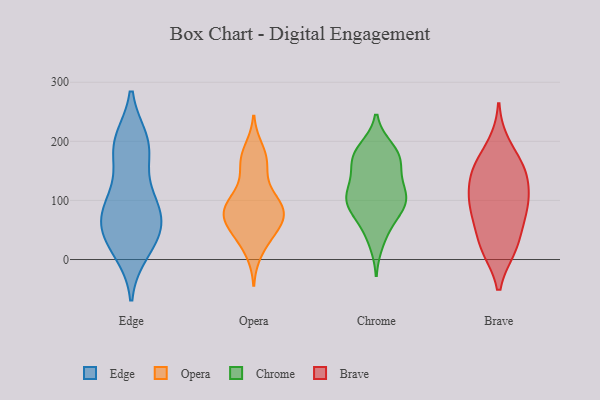
{"axis": {"x": "Population (Million)", "y": "Value"}, "legend": ["Brave", "Chrome", "Edge", "Opera"], "data": [{"x": "", "y": 16, "type": "Edge"}, {"x": "", "y": 96, "type": "Edge"}, {"x": "", "y": 37, "type": "Edge"}, {"x": "", "y": 193, "type": "Edge"}, {"x": "", "y": 189, "type": "Edge"}, {"x": "", "y": 66, "type": "Edge"}, {"x": "", "y": 68, "type": "Edge"}, {"x": "", "y": 186, "type": "Edge"}, {"x": "", "y": 97, "type": "Edge"}, {"x": "", "y": 199, "type": "Edge"}, {"x": "", "y": 32, "type": "Edge"}, {"x": "", "y": 49, "type": "Edge"}, {"x": "", "y": 100, "type": "Edge"}, {"x": "", "y": 85, "type": "Opera"}, {"x": "", "y": 168, "type": "Opera"}, {"x": "", "y": 112, "type": "Opera"}, {"x": "", "y": 86, "type": "Opera"}, {"x": "", "y": 109, "type": "Opera"}, {"x": "", "y": 36, "type": "Opera"}, {"x": "", "y": 81, "type": "Opera"}, {"x": "", "y": 61, "type": "Opera"}, {"x": "", "y": 162, "type": "Opera"}, {"x": "", "y": 83, "type": "Opera"}, {"x": "", "y": 164, "type": "Opera"}, {"x": "", "y": 14, "type": "Opera"}, {"x": "", "y": 74, "type": "Opera"}, {"x": "", "y": 50, "type": "Opera"}, {"x": "", "y": 85, "type": "Opera"}, {"x": "", "y": 53, "type": "Opera"}, {"x": "", "y": 185, "type": "Opera"}, {"x": "", "y": 107, "type": "Chrome"}, {"x": "", "y": 96, "type": "Chrome"}, {"x": "", "y": 166, "type": "Chrome"}, {"x": "", "y": 104, "type": "Chrome"}, {"x": "", "y": 97, "type": "Chrome"}, {"x": "", "y": 177, "type": "Chrome"}, {"x": "", "y": 161, "type": "Chrome"}, {"x": "", "y": 73, "type": "Chrome"}, {"x": "", "y": 184, "type": "Chrome"}, {"x": "", "y": 168, "type": "Chrome"}, {"x": "", "y": 135, "type": "Chrome"}, {"x": "", "y": 54, "type": "Chrome"}, {"x": "", "y": 121, "type": "Chrome"}, {"x": "", "y": 188, "type": "Chrome"}, {"x": "", "y": 29, "type": "Chrome"}, {"x": "", "y": 107, "type": "Chrome"}, {"x": "", "y": 86, "type": "Chrome"}, {"x": "", "y": 141, "type": "Brave"}, {"x": "", "y": 193, "type": "Brave"}, {"x": "", "y": 25, "type": "Brave"}, {"x": "", "y": 88, "type": "Brave"}, {"x": "", "y": 99, "type": "Brave"}, {"x": "", "y": 151, "type": "Brave"}, {"x": "", "y": 152, "type": "Brave"}, {"x": "", "y": 68, "type": "Brave"}, {"x": "", "y": 20, "type": "Brave"}, {"x": "", "y": 20, "type": "Brave"}, {"x": "", "y": 150, "type": "Brave"}, {"x": "", "y": 105, "type": "Brave"}, {"x": "", "y": 84, "type": "Brave"}]}